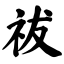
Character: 祓